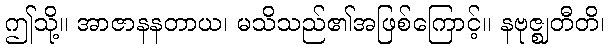
ဤသို့။ အာဇာနနတာယ၊ မသိသည်၏အဖြစ်ကြောင့်။ နဗုဇ္ဈတီတိ၊